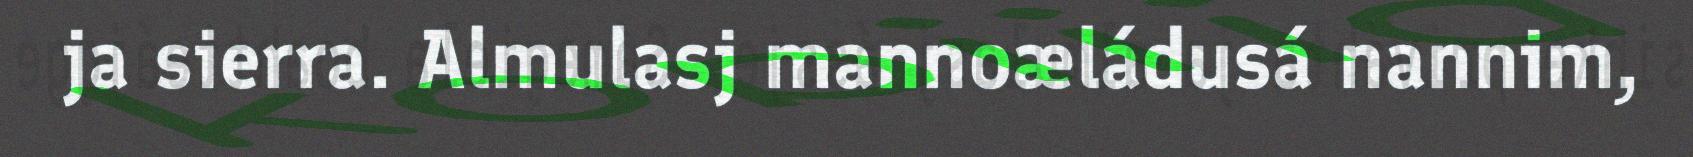
ja sierra. Almulasj mannoæládusá nannim,